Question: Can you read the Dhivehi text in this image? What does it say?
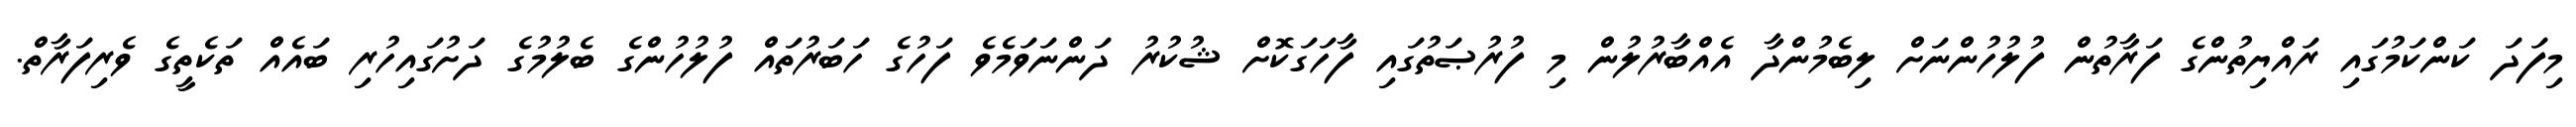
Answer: މިފަދަ ކަންކަމުގައި ރައްޔިތުންގެ ފަރާތުން ފުލުހުންނަށް ލިބެމުންދާ އެއްބާރުލުން މި ފުރުޞަތުގައި ފާހަގަކޮށް ޝުކުރު ދަންނަވަމެވެ ފަހުގެ ހަބަރުތައް ފުލުހުންގެ ބެލުމުގެ ދަށުގައިހުރި ބައެއް ތަކެތީގެ ވެރިފަރާތް.